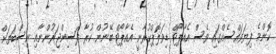
ކޮންމެ ފިޔަވައްސެއްގައި ވެސް އެއާޕޯޓް ޑިވަލޮޕްކުރާނީ އެއާޕޯޓް ބޭނުން ކުރާ ފަސިންޖަރުންނާއި ނިސްބަތަށް